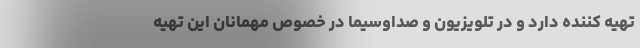
تهیه کننده دارد و در تلویزیون و صداوسیما در خصوص مهمانان این تهیه